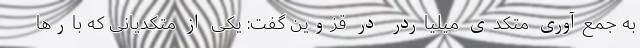
به جمع‌آوری متکدی میلیاردر در قزوین گفت: یکی از متکدیانی که بارها